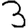
Digit: 3